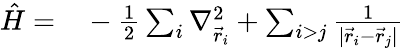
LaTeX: \begin{array}{rl}{\hat{H}=}&{{}-\frac{1}{2}\sum_{i}\nabla_{\vec{r}_{i}}^{2}+\sum_{i>j}\frac{1}{|{\vec{r}_{i}-\vec{r}_{j}}|}}\end{array}